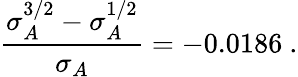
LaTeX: \frac{\sigma_{A}^{3/2}-\sigma_{A}^{1/2}}{\sigma_{A}}=-0.0186\ .